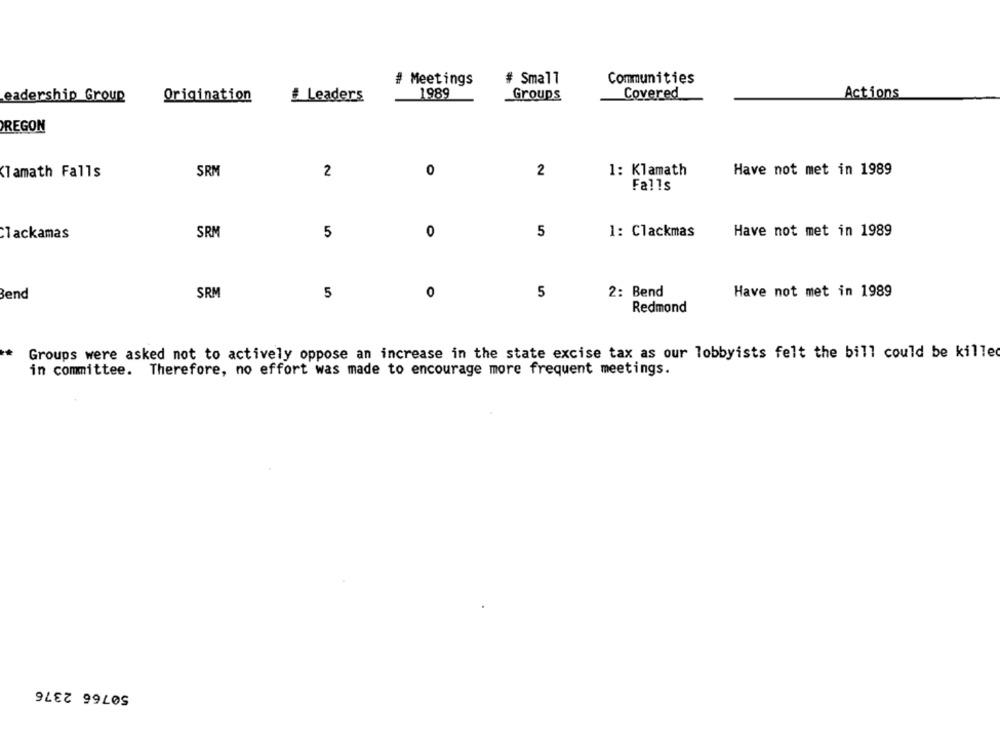
# Meetings
# Small
Communities
1989
Groups
Covered
Actions
eadership Group
Origination
# Leaders
REGON
1: Klamath
Have not met in 1989
Klamath Falls
SRM
2
0
2
Falls
Clackamas
SRM
5
0
5
1: Clackmas
Have not met in 1989
Bend
SRM
5
0
5
2: Bend
Have not met in 1989
Redmond
Groups were asked not to actively oppose an increase in the state excise tax as our lobbyists felt the bill could be killed
in committee. Therefore, no effort was made to encourage more frequent meetings.
50766 2376